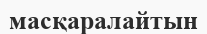
масқаралайтын